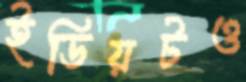
ইডিয়টও